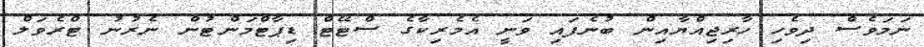
ނަމަވެސް ދިވެހި ހާރިޖިއްޔާއިން ބުނެފައި ވަނީ އެމެރިކާގެ ސްޓޭޓް ޑިޕާޓްމަންޓުން ނެރުނު ޓްރެވަލް